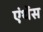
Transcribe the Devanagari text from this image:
एंथेंस